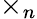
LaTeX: \times_{n}